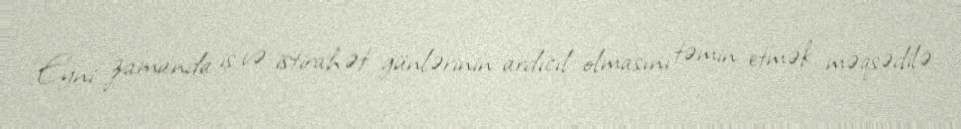
Eyni zamanda iş və istirahət günlərinin ardıcıl olmasını təmin etmək məqsədilə